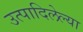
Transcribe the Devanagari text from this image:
उत्पादिलेल्या